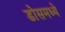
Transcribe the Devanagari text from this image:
डोसमध्ये